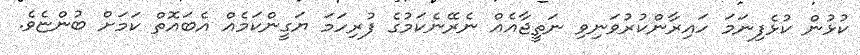
ކުޅުން ކުޅެފިނަމަ ހައިރާންކުރުވަނިވި ނަތީޖާއެއް ނެރޭނެކަމުގެ ފުރިހަމަ ޔަގީންކަމެއް އެބައޮތް ކަމަށް ބުންޏެވެ.